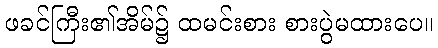
ဖခင်ကြီး၏အိမ်၌ ထမင်းစား စားပွဲမထားပေ။